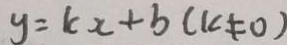
y = k x + b ( k \neq 0 )